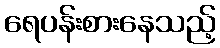
ရေပန်းစားနေသည့်